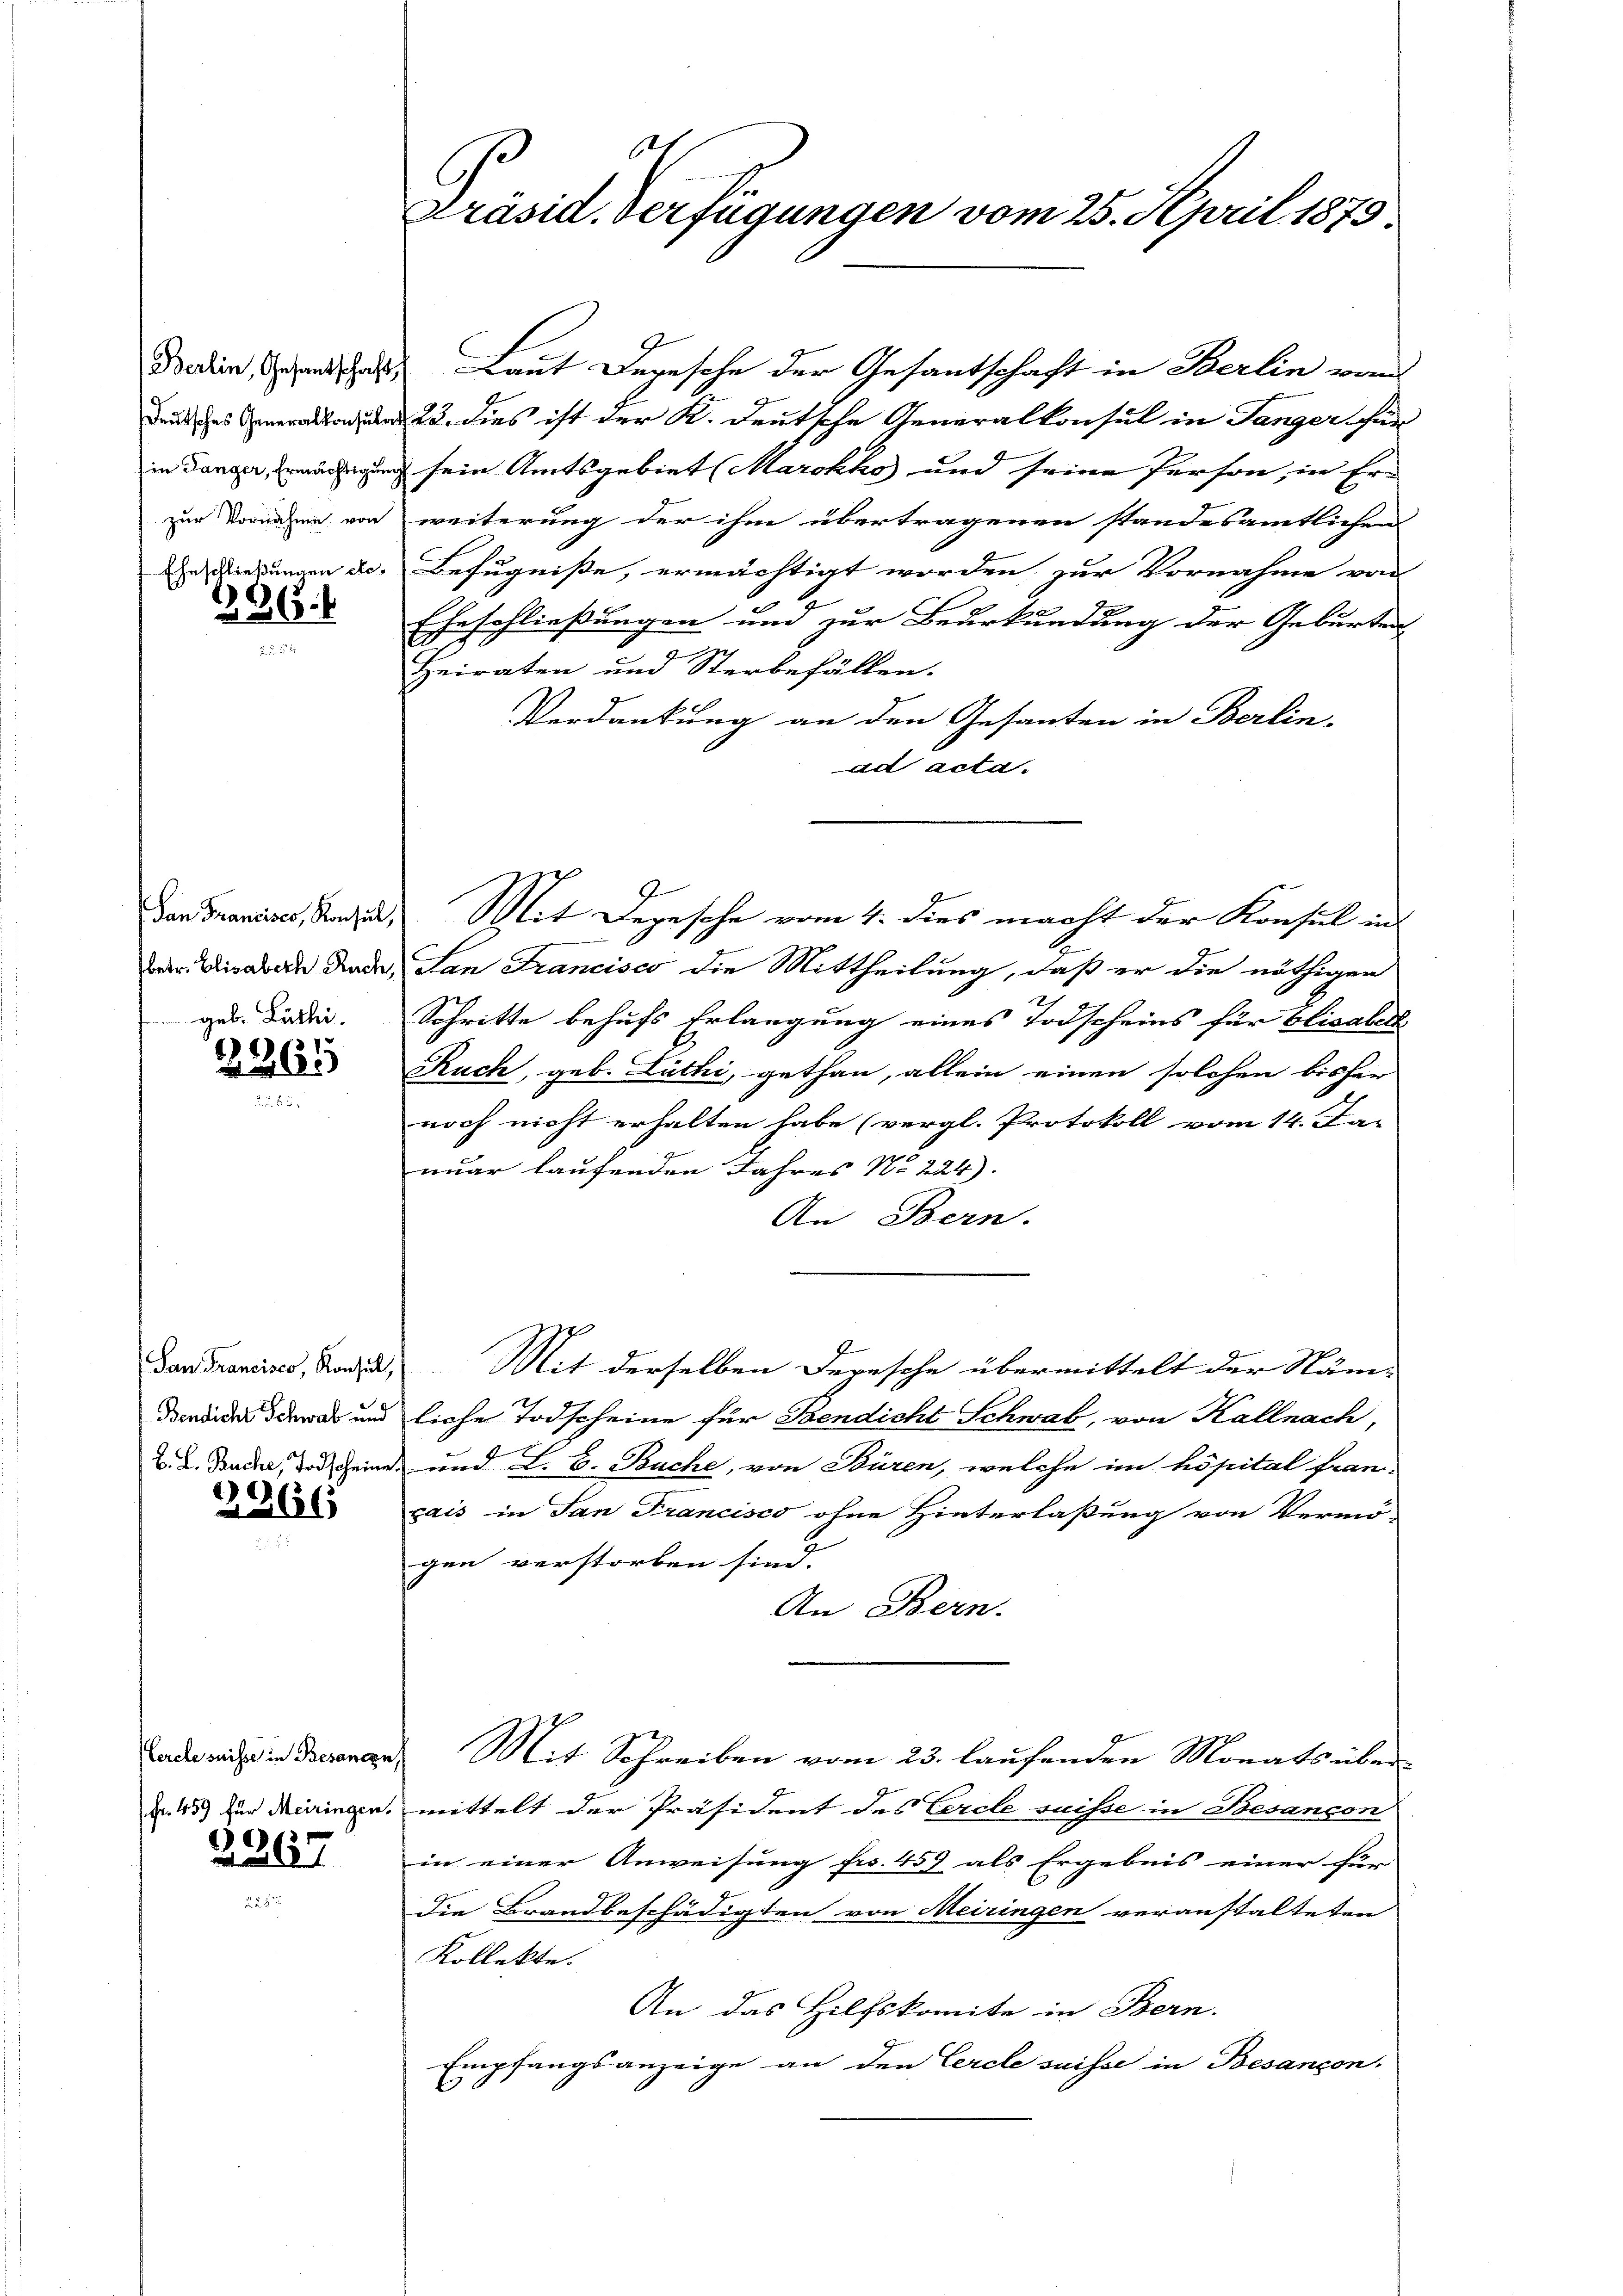
Berlin, Gesantschaft
deutsches Generalkonsula
in Tanger, Ermächtigung
zur Vornahme von
Eheschließungen Re¬

236.

San Francisco, Konsul,
betr. Elisabeth Ruch,
geb. Lüthi

2265

San Francisco, Konsul,
Bendicht Schwab und
B. L. Buche, Todscheine

2966

Cercle suisse in Besancen
fr. 459 für Meiringen.

2267

Präsid. Verfügungen vom 25. April 1879

Laut Degesehe der Gesantschaft in Berlin vom
§ 23. dies ist der K. deutsche Generalkonsul in Tanger für
 sein Amtsgebiet (Marokko und seine Person, in Er-
weiterung der ihm übertragenen standesamtlichen
Befugniße, ermächtigt worden zur Vornahme von
Eheschließungen und zur Beurkundung der Geburten
12
2
Heiraten und Sterbefällen.
Verdankung an den Gesanten in Berlin-
ad acta.
Mit Depesche vom 4. dies macht der Konsul in
San Francisco die Mittheilung, daß er die nöthigen
Schritte behufs Erlangung eines Todscheins für Elisabeth
Ruch, geb. Lüthi, gethan, allein einen solchen bisher
noch nicht erhalten habe (vergl. Protokoll vom 14. Ja-
nuar laufenden Jahres No 224).
An Bern.
Mit derselben deresche übermittelt der Näm-
liche Todscheine für Bendicht Schwab, von Kallnach,
und L. E. Buche, von Büren, welche im hôpital fran
ais in San Francisco ohne Hinterlaßung von Vermö-
gen verstorben sind.
An Bern.
Mit Schreiben vom 23. laufenden Monats über
mittelt der Präsident des Cercle suisse in Besançon
in einer Anweisung fr. 459 als Ergebnis einer Fin
die Brandbeschädigten von Meiringen veranstalteten
Kollekte.
An das Hilfskomite in Bern.
Empfangsanzeige an den Cercle suisse in Besançon,